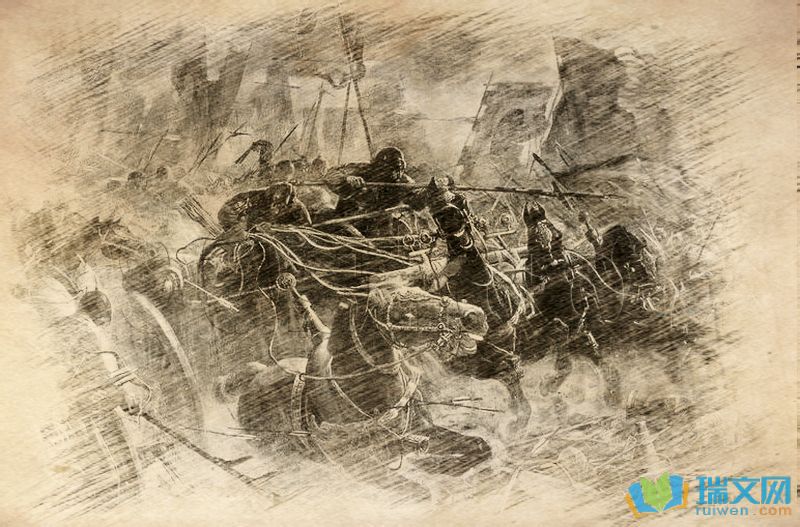
行人刁斗风沙暗，公主琵琶幽怨多。